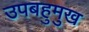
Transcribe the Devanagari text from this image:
उपबहुमुख